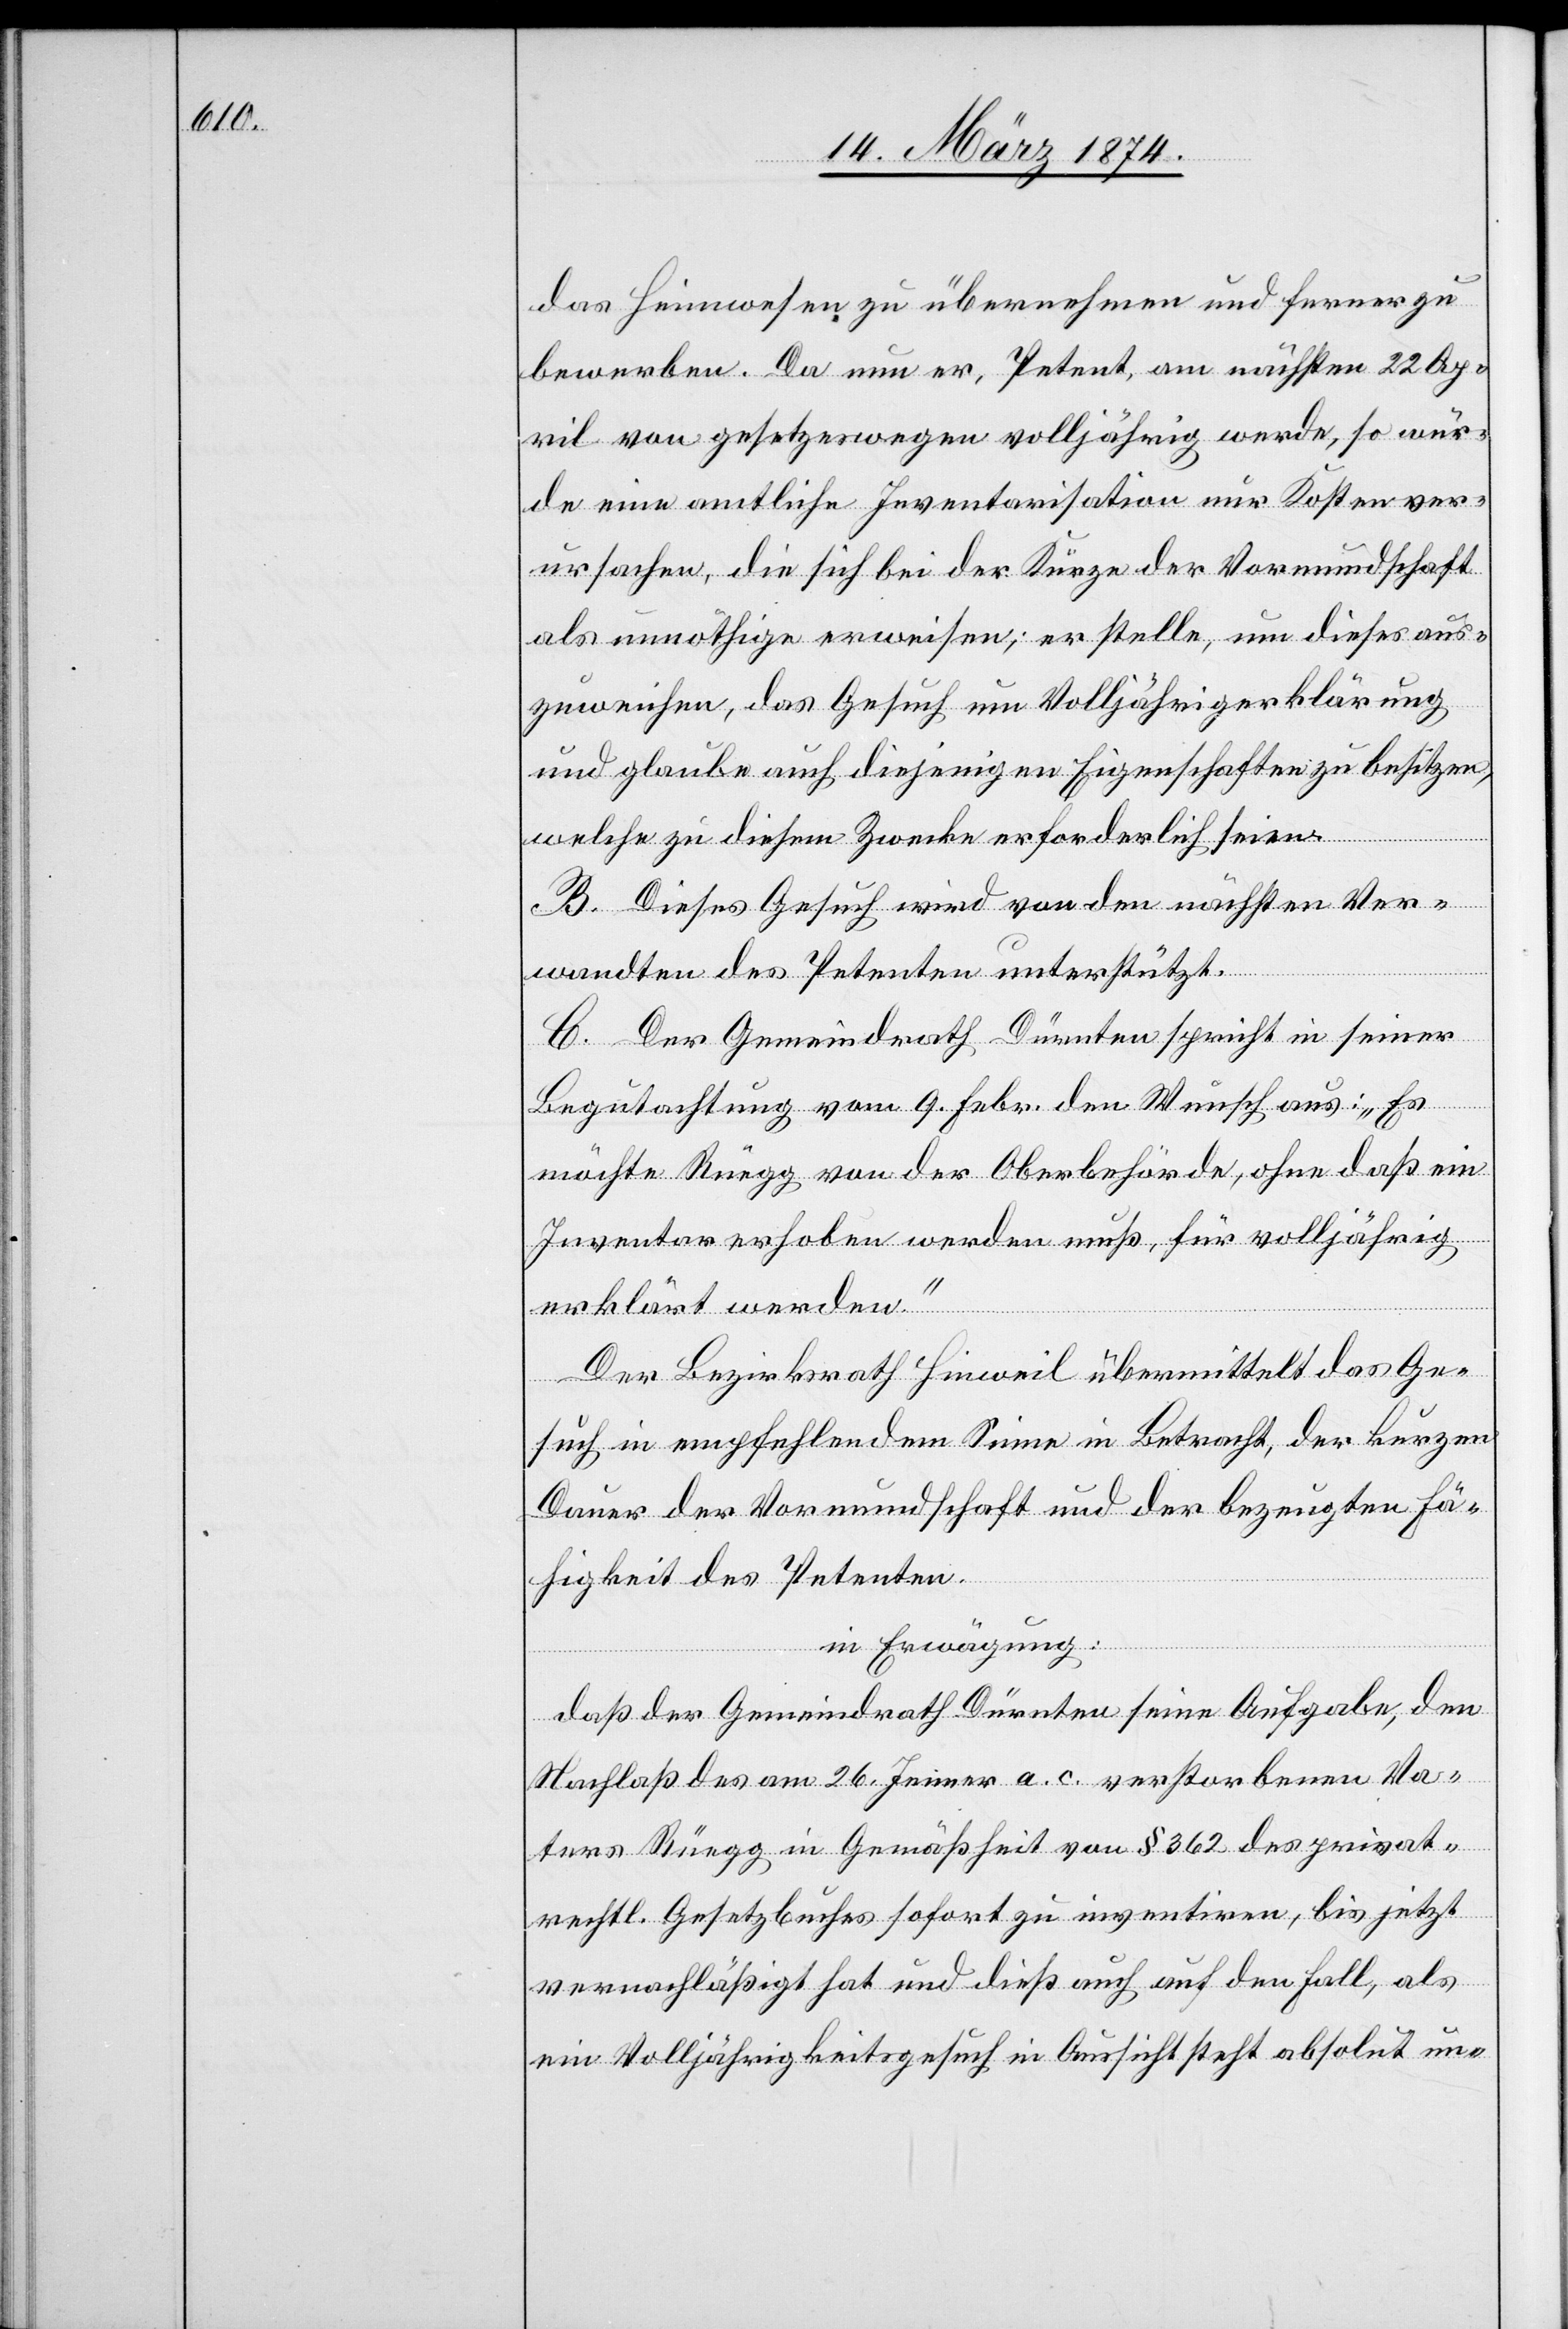
das Heimwesen zu übernehmen und ferner zu
bewerben. Da nun er, Petent, am nächsten 22 Ap¬
ril von gesetzeswegen volljährig werde, so wür¬
de eine amtliche Inventarisation nur Kosten ver¬
ursachen, die sich bei der Kürze der Vormundschaft
als unnöthige erweisen; er stelle, um dieses [s¬
zuweichen, das Gesuch um Volljährigerklärung
und glaube auch diejenigen Eigenschaften zu besitzen,
welche zu diesem Zwecke erforderlich seien.
B. Dieses Gesuch wird von den nächsten Ver¬
aus¬
wandten des Petenten unterstützt.
C. Der Gemeindrath Dürnten spricht in seiner
Begutachtung vom 9. Febr. den Wunsch aus: „Es
möchte Rüegg von der Oberbehörde, ohne daß ein
Inventar erhoben werden muß, für volljährig
erklärt werden.“
Der Bezirksrath Hinweil übermittelt das Ge¬
such in empfehlendem Sinne in Betracht, der kurzen
Dauer der Vormundschaft und der bezeugten Fä¬
higkeit des Petenten
in Erwägung:
daß der Gemeindrath Dürnten seine Aufgabe, den
Nachlaß des am 26. Jenner a. c. verstorbenen Va¬
ters Rüegg in Gemäßheit von § 362 des privat¬
rechtl. Gesetzbuches sofort zu inventiren, bis jetzt
vernachläßigt hat und dieß auch auf den Fall, als
ein Volljährigkeitsgesuch in Aussicht steht absolut un-